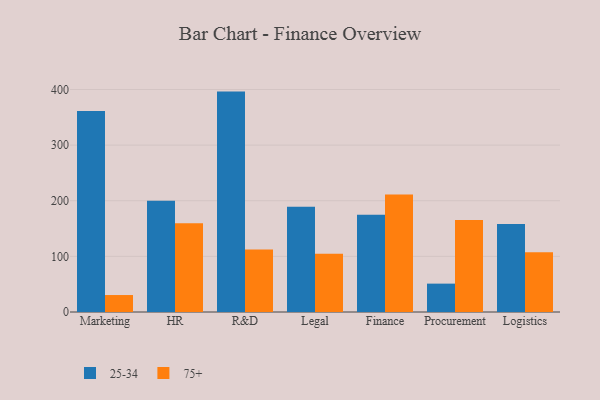
{"axis": {"x": "Department", "y": "Website Visitors"}, "legend": ["25-34", "75+"], "data": [{"x": "Marketing", "y": 361.2, "type": "25-34"}, {"x": "Marketing", "y": 30.5, "type": "75+"}, {"x": "HR", "y": 200.0, "type": "25-34"}, {"x": "HR", "y": 159.4, "type": "75+"}, {"x": "R&D", "y": 396.2, "type": "25-34"}, {"x": "R&D", "y": 112.4, "type": "75+"}, {"x": "Legal", "y": 189.0, "type": "25-34"}, {"x": "Legal", "y": 104.5, "type": "75+"}, {"x": "Finance", "y": 175.0, "type": "25-34"}, {"x": "Finance", "y": 211.1, "type": "75+"}, {"x": "Procurement", "y": 51.0, "type": "25-34"}, {"x": "Procurement", "y": 165.4, "type": "75+"}, {"x": "Logistics", "y": 158.3, "type": "25-34"}, {"x": "Logistics", "y": 107.2, "type": "75+"}]}